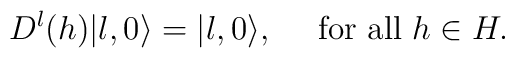
D^l(h)|l,0\rangle=|l,0\rangle,~~~~{\rm for~all}~h\in H.